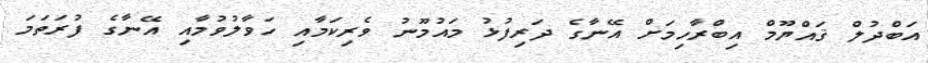
އަބްދުލް ޤައްޔޫމް އިބްރާހިމަށް އޭނާގެ ދަރިފުޅު މައުމޫނު ވެރިކަމާއި ހަވާލުވުމާއި އޭނާގެ ފުރަތަމަ